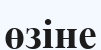
өзіне